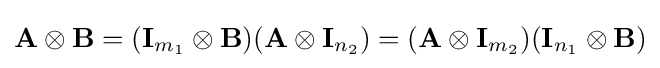
\mathbf {A} \otimes \mathbf {B} =(\mathbf {I} _{m_{1}}\otimes \mathbf {B} )(\mathbf {A} \otimes \mathbf {I} _{n_{2}})=(\mathbf {A} \otimes \mathbf {I} _{m_{2}})(\mathbf {I} _{n_{1}}\otimes \mathbf {B} )